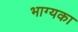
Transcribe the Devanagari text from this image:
भाग्यका